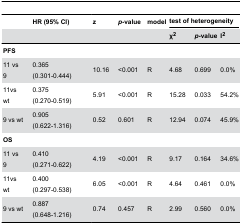
<table><thead><tr><td></td><td colspan="2"><b>HR (95% CI)</b></td><td><b>z</b></td><td><b><i>p</i>-value</b></td><td><b>model</b></td><td colspan="3"><b>test of heterogeneity</b></td></tr><tr><td></td><td colspan="2"></td><td></td><td></td><td></td><td><b>χ<sup>2</sup></b></td><td><b><i>p</i>-value</b></td><td><b>I<sup>2</sup></b></td></tr></thead><tbody><tr><td colspan="9"><b>PFS</b></td></tr><tr><td>11 vs 9</td><td colspan="2">0.365 (0.301-0.444)</td><td>10.16</td><td>&lt;0.001</td><td>R</td><td>4.68</td><td>0.699</td><td>0.0%</td></tr><tr><td>11vs wt</td><td colspan="2">0.375 (0.270-0.519)</td><td>5.91</td><td>&lt;0.001</td><td>R</td><td>15.28</td><td>0.033</td><td>54.2%</td></tr><tr><td>9 vs wt</td><td colspan="2">0.905 (0.622-1.316)</td><td>0.52</td><td>0.601</td><td>R</td><td>12.94</td><td>0.074</td><td>45.9%</td></tr><tr><td colspan="9"><b>OS</b></td></tr><tr><td>11 vs 9</td><td colspan="2">0.410 (0.271-0.622)</td><td>4.19</td><td>&lt;0.001</td><td>R</td><td>9.17</td><td>0.164</td><td>34.6%</td></tr><tr><td>11vs wt</td><td colspan="2">0.400 (0.297-0.538)</td><td>6.05</td><td>&lt;0.001</td><td>R</td><td>4.64</td><td>0.461</td><td>0.0%</td></tr><tr><td>9 vs wt</td><td colspan="2">0.887 (0.648-1.216)</td><td>0.74</td><td>0.457</td><td>R</td><td>2.99</td><td>0.560</td><td>0.0%</td></tr></tbody></table>